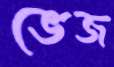
ভেজ